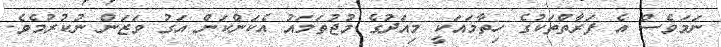
ނަމަވެސް އެ ފަރާތްތަކުގެ ހިތާމައަކީ މިއަދުގެ މުޖުތަމައު އެކަންކަން އަގު ވަޒަން ނުކުރުމެވެ.